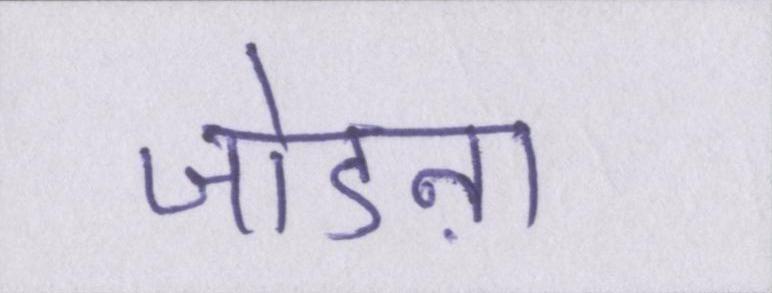
जोडऩा